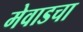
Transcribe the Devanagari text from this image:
मेवाडचा